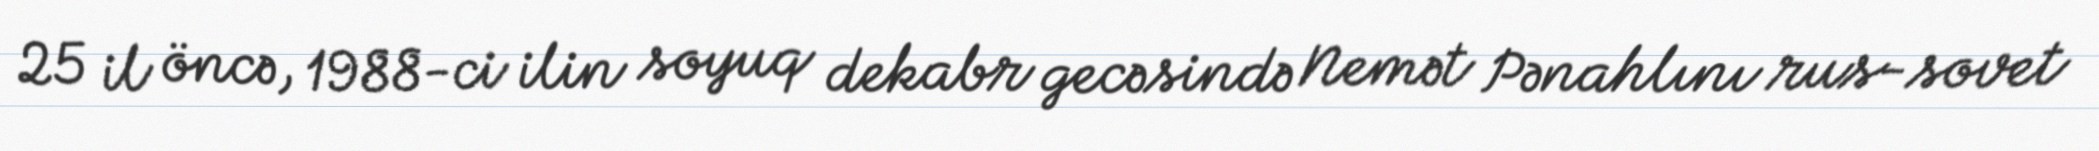
25 il öncə, 1988-ci ilin soyuq dekabr gecəsində Nemət Pənahlını rus-sovet